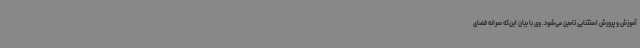
آموزش و پرورش استثنایی تامین می‌شود. وی با بیان این‌که سرانه فضای